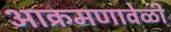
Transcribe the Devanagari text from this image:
आक्रमणावेळी